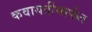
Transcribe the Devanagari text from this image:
कवायतींमार्फत